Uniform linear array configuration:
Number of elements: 4
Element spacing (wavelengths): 0.5
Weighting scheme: blackman
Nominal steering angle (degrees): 60
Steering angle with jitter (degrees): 59.321
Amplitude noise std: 0.05
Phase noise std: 0.05

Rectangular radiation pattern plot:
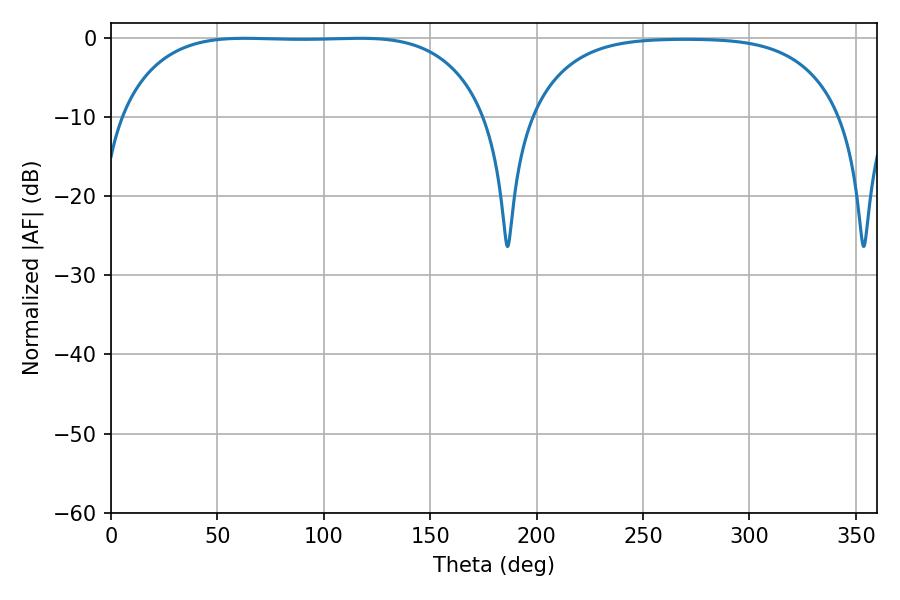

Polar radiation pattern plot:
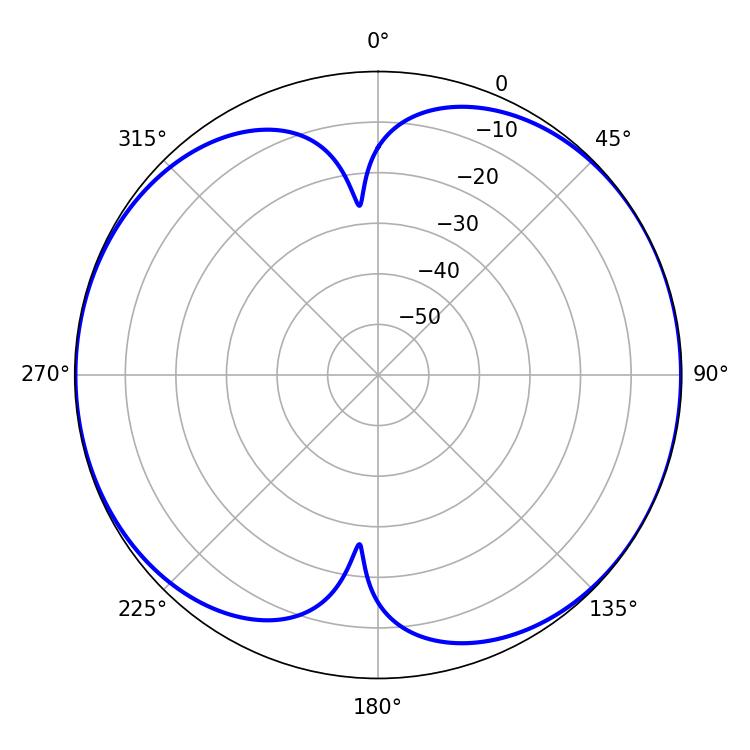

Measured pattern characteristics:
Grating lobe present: FALSE
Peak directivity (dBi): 8.2
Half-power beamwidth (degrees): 133.92
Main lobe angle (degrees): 62.82